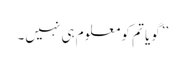
’’گویا تم کو معلوم ہی نہیں۔